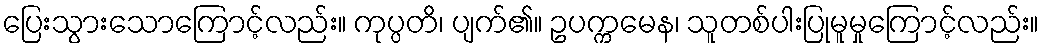
ပြေးသွားသောကြောင့်လည်း။ ကုပ္ပတိ၊ ပျက်၏။ ဥပက္ကမေန၊ သူတစ်ပါးပြုမူမှုကြောင့်လည်း။